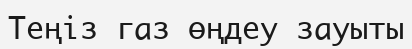
Теңіз газ өңдеу зауыты